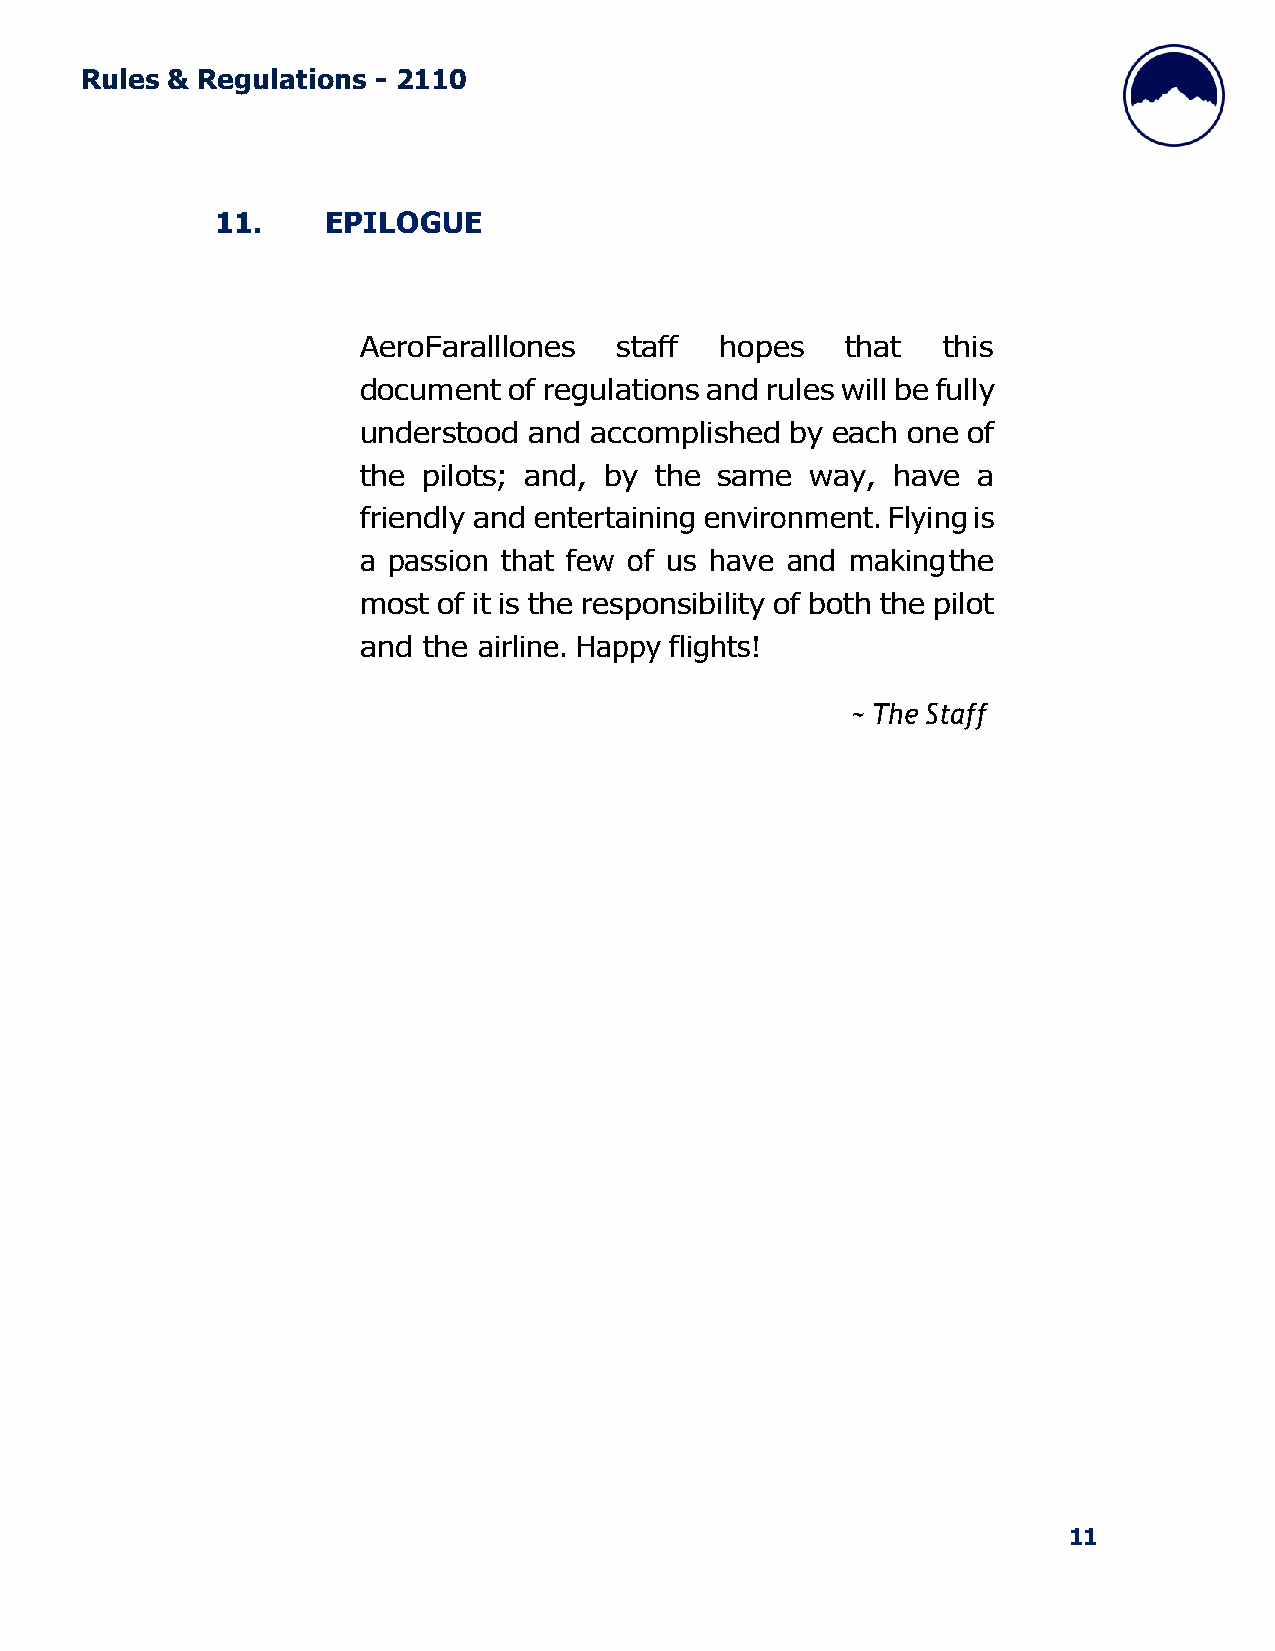
Rules & Regulations - 2110
 11.    EPILOGUE
 AeroFaralllones  staff  hopes   that  this
 document  of regulations and rules will be fully
 understood and accomplished by each one of
 the pilots; and, by the same  way, have  a
 friendly and entertaining environment. Flying is
 a passion that few of us have and making the
 most of it is the responsibility of both the pilot
 and the airline. Happy flights!
 ~ The Staff
 11